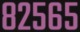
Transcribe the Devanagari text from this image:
८२५६५